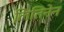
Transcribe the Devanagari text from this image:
लितिनेन